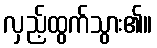
လှည့်ထွက်သွား၏။